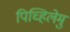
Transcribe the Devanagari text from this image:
पिच्हिलेमु